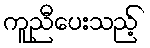
ကူညီပေးသည့်